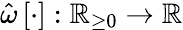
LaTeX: \hat{\omega}\left[\cdot\right]:\mathbb{R}_{\ge 0}\rightarrow\mathbb{R}